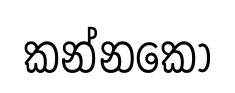
කන්නකො